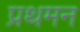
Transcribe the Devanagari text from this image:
प्रथमन